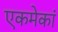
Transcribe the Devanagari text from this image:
एकमेकां